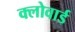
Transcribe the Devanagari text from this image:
क्लोवार्ड